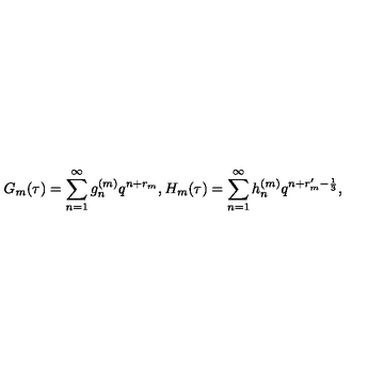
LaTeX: G _ { m } ( \tau ) = \sum _ { n = 1 } ^ { \infty } g _ { n } ^ { ( m ) } q ^ { n + r _ { m } } , H _ { m } ( \tau ) = \sum _ { n = 1 } ^ { \infty } h _ { n } ^ { ( m ) } q ^ { n + r _ { m } ^ { \prime } - \frac { 1 } { 3 } } ,